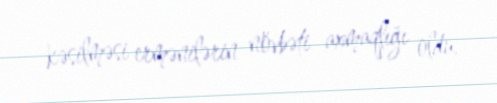
kəsilməsi ermənilərin növbəti axmaqlığı oldu.